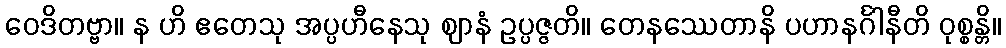
ဝေဒိတဗ္ဗာ။ န ဟိ ဧတေသု အပ္ပဟီနေသု ဈာနံ ဥပ္ပဇ္ဇတိ။ တေနဿေတာနိ ပဟာနင်္ဂါနီတိ ဝုစ္စန္တိ။